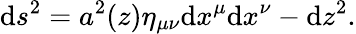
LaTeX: \mathrm{d}s^{2}=a^{2}(z)\eta_{\mu\nu}\mathrm{d}x^{\mu}\mathrm{d}x^{\nu}-\mathrm{d}z^{2}.